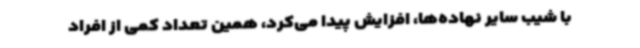
با شیب سایر نهاده‌ها، افزایش پیدا می‌کرد، همین تعداد کمی از افراد